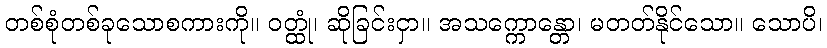
တစ်စုံတစ်ခုသောစကားကို။ ဝတ္ထုံ၊ ဆိုခြင်းငှာ။ အသက္ကောန္တော၊ မတတ်နိုင်သော။ သောပိ၊